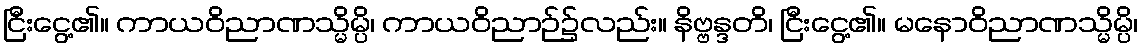
ငြီးငွေ့၏။ ကာယဝိညာဏသ္မိမ္ပိ၊ ကာယဝိညာဉ်၌လည်း။ နိဗ္ဗန္ဒတိ၊ ငြီးငွေ့၏။ မနောဝိညာဏသ္မိမ္ပိ၊